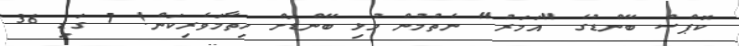
ކޮޕްސް ބޭންޑުގެ "އަމަރު" ނެތުމުން މުޅި ބޭންޑަށް ހިތާމަވެރިކަން! 7 ގަޑި 36